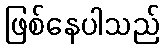
ဖြစ်နေပါသည်